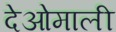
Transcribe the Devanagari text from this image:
देओमाली